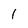
Character: l